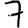
Digit: 7